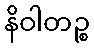
နိဝါတဉ္စ